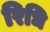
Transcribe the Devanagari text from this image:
रिधि